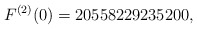
\begin{align*}F^{(2)}(0)=20558229235200,\end{align*}